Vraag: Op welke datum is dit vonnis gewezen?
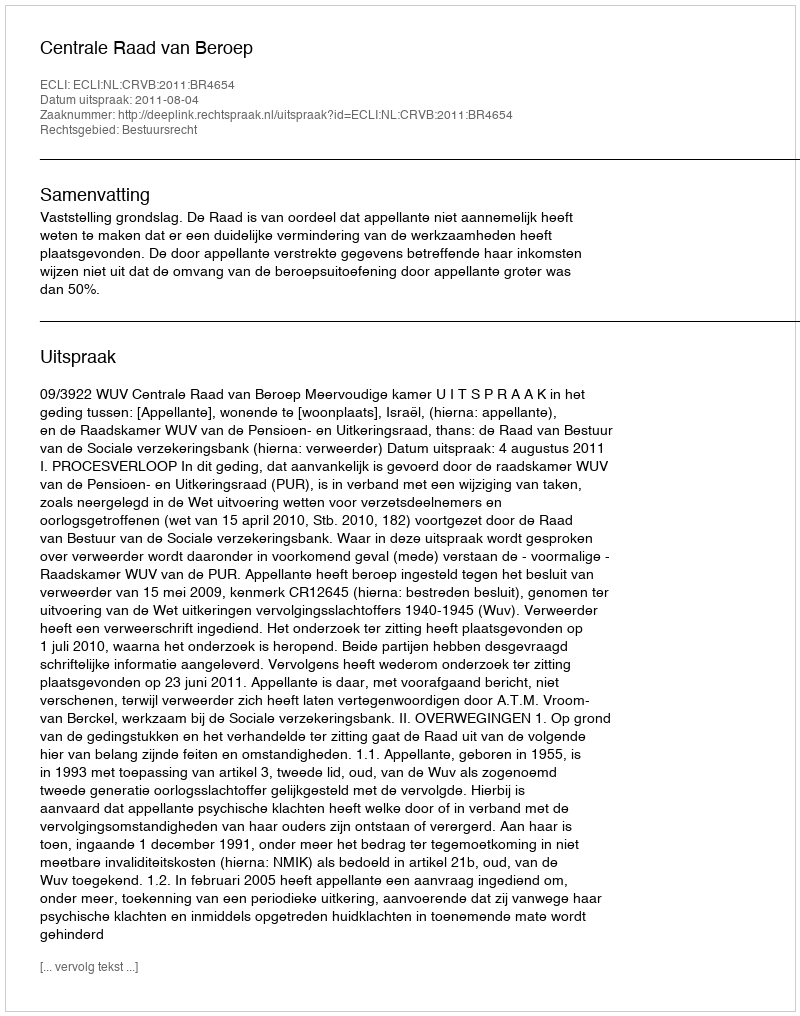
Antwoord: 2011-08-04